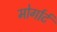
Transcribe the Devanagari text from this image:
मोर्गार्ट